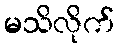
မသိလိုက်